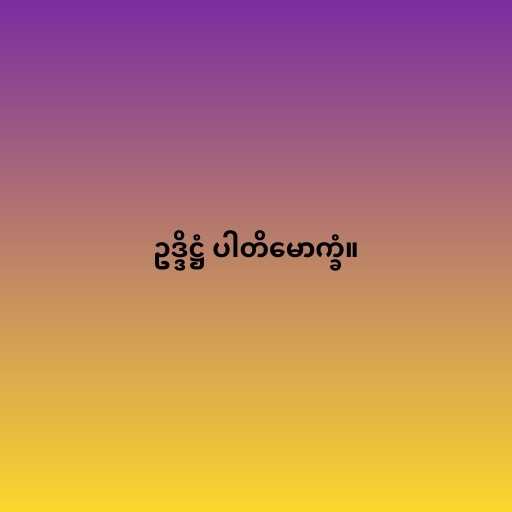
ဥဒ္ဒိဋ္ဌံ ပါတိမောက္ခံ။